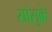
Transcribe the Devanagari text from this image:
सोसुके